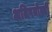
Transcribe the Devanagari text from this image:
अतिषयोक्ती